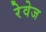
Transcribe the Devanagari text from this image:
रेवेज